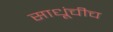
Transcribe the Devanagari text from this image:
साधूंचीच